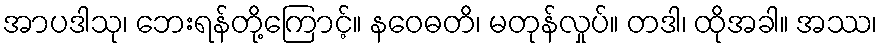
အာပဒါသု၊ ဘေးရန်တို့ကြောင့်။ နဝေဓတိ၊ မတုန်လှုပ်။ တဒါ၊ ထိုအခါ။ အဿ၊